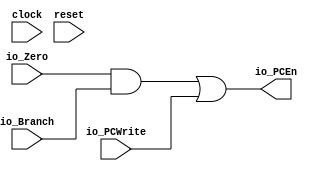
module ControlBranch(
  input   clock,
  input   reset,
  input   io_PCWrite,
  input   io_Branch,
  input   io_Zero,
  output  io_PCEn
);
  assign io_PCEn = io_Zero & io_Branch | io_PCWrite; // @[ControlBranch.scala 13:38]
endmodule